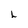
Character: L